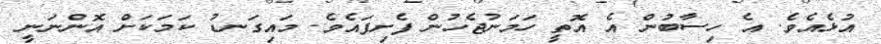
އުޅެއެވެ. އެ ހިސާބުން އެ އޮތީ ހަމަނުޖެހުން ފެށިފައެވެ. މައިގަނޑު ކަމަކަށް އޮންނަނީ